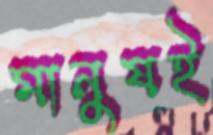
মানুষই